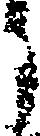
う